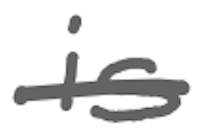
Text: is
Cross-out: single-line
Writing tool: digital_gray